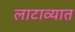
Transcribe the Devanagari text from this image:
लाटाव्यात